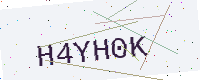
Text: H4YH0K